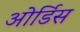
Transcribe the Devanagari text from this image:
ओर्डिस